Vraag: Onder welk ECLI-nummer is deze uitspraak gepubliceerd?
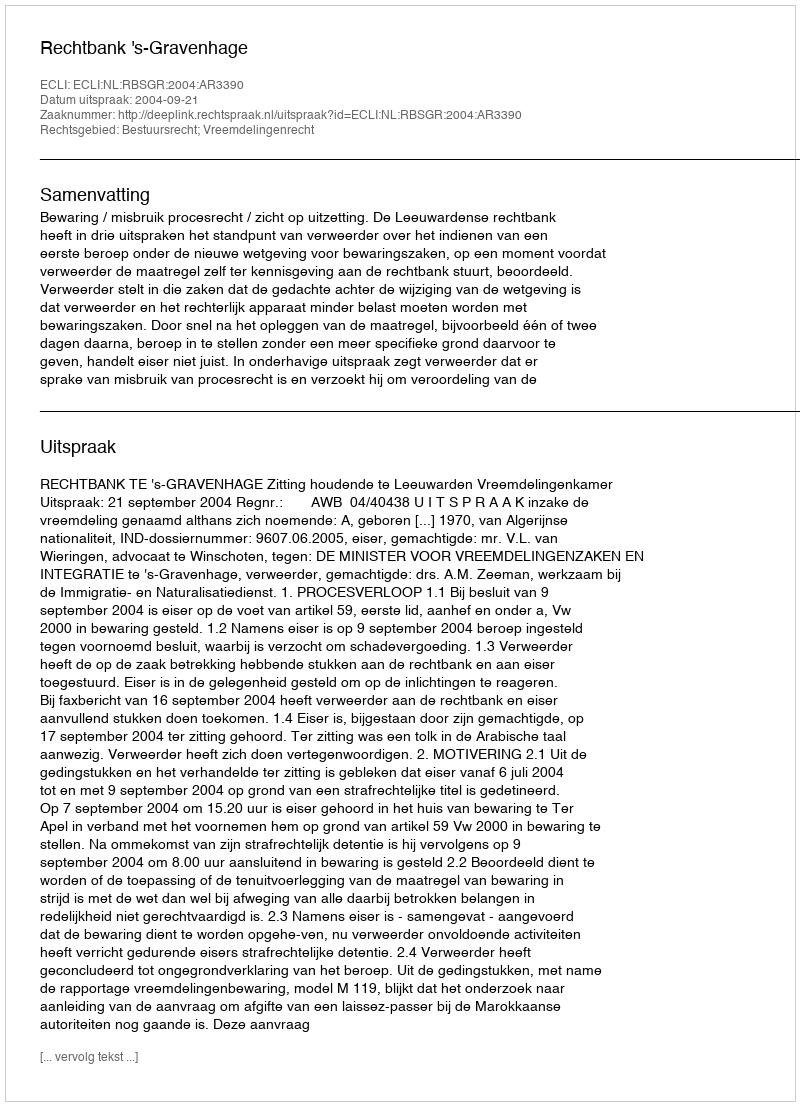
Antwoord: ECLI:NL:RBSGR:2004:AR3390